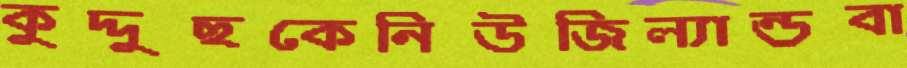
কুদ্দুছকেনিউজিল্যান্ডবা